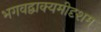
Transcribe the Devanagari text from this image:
भगवद्वाक्यमीदृशम्